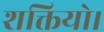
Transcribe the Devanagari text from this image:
शक्तियो।